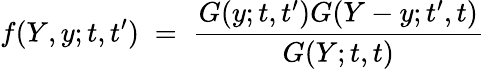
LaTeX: f(Y,y;t,t^{\prime})\; =\; \frac{G(y;t,t^{\prime})G(Y-y;t^{\prime},t)}{G(Y;t,t)}